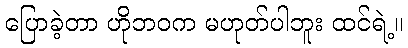
ပြောခဲ့တာ ဟိုဘဝက မဟုတ်ပါဘူး ထင်ရဲ့။